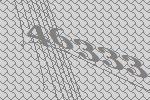
46333